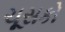
ચૂસકો